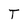
Character: T